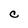
Character: C